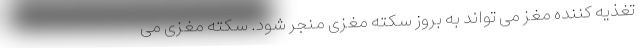
تغذیه کننده مغز می تواند به بروز سکته مغزی منجر شود. سکته مغزی می